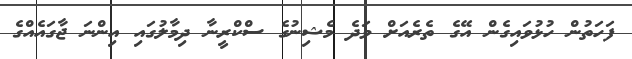
ފަހަތުން ހުޅުވައިގެން އޭގެ ތެރެއަށް ވަދެ މެޝިނުގެ ސްކްރީނާ ދިމާލުގައި އިންނަ ޖާގައެއްގެ